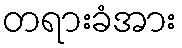
တရားခံအား